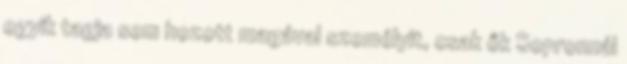
egyik tagja sem hozott magával személyit, csak ők Sopronnál